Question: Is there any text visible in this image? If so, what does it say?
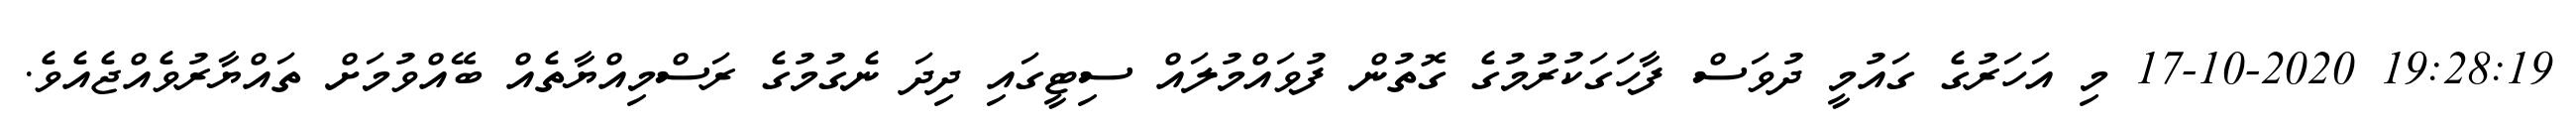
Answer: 19:28:19 17-10-2020 މި އަހަރުގެ ގައުމީ ދުވަސް ފާހަގަކުރުމުގެ ގޮތުން ފުވައްމުލައް ސިޓީގައި ދިދަ ނެގުމުގެ ރަސްމިއްޔާތެއް ބޭއްވުމަށް ތައްޔާރުވެއްޖެއެވެ.